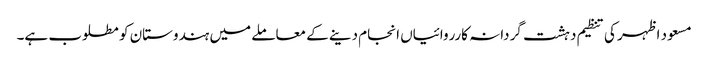
مسعود اظہر کی تنظیم دہشت گردانہ کارروائیاں انجام دینے کے معاملے میں ہندوستان کو مطلوب ہے۔